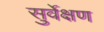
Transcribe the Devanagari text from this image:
सुर्वेक्षण